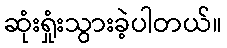
ဆုံးရှုံးသွားခဲ့ပါတယ်။